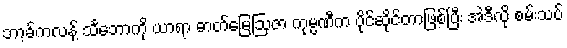
ဘာ့ခ်ကလန့် သင်္ဘောကို ယာရာ ဓာတ်မြေဩဇာ ကုမ္ပဏီက ပိုင်ဆိုင်တာဖြစ်ပြီး အဲဒီလို စမ်းသပ်